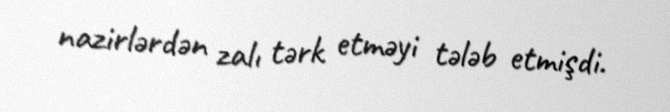
nazirlərdən zalı tərk etməyi tələb etmişdi.